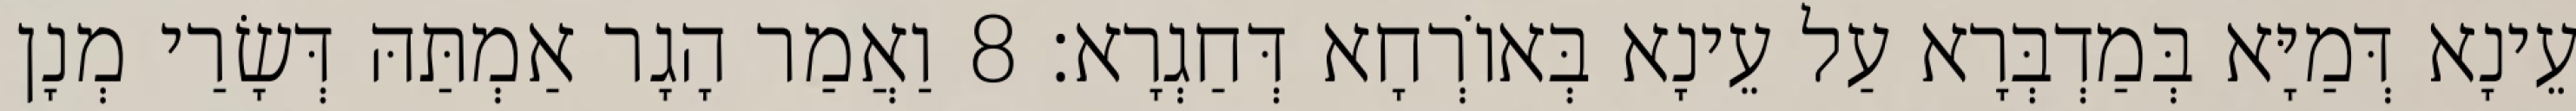
עֵינָא דְּמַיָּא בְּמַדְבְּרָא עַל עֵינָא בְּאוֹרְחָא דְּחַגְרָא׃ 8 וַאֲמַר הָגָר אַמְתַּהּ דְּשָׂרַי מְנָן